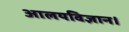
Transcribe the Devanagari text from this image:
आलयविज्ञान।